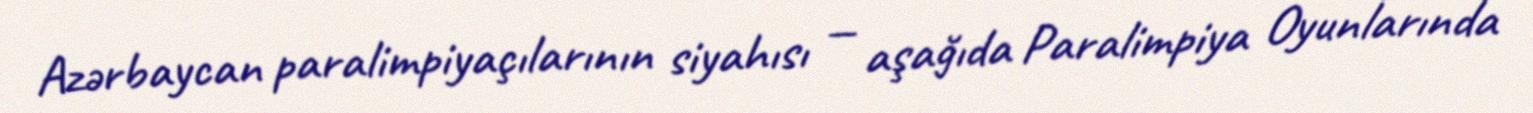
Azərbaycan paralimpiyaçılarının siyahısı — aşağıda Paralimpiya Oyunlarında